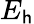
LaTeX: E_{\mathsf{h}}